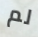
لم